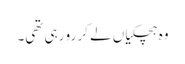
وہ ہچکیاں لے کر رو رہی تھی۔